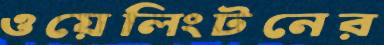
ওয়েলিংটনের